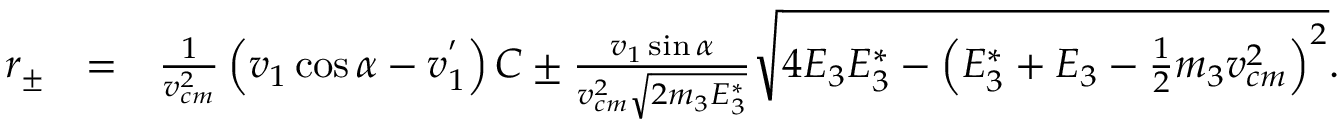
\begin{array} { r l r } { r _ { \pm } } & { = } & { \frac { 1 } { v _ { c m } ^ { 2 } } \left( v _ { 1 } \cos \alpha - v _ { 1 } ^ { ' } \right) C \pm \frac { v _ { 1 } \sin \alpha } { v _ { c m } ^ { 2 } \sqrt { 2 m _ { 3 } E _ { 3 } ^ { * } } } \sqrt { 4 E _ { 3 } E _ { 3 } ^ { * } - \left( E _ { 3 } ^ { * } + E _ { 3 } - \frac { 1 } { 2 } m _ { 3 } v _ { c m } ^ { 2 } \right) ^ { 2 } } . } \end{array}